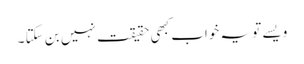
ویسے تو یہ خواب کبھی حقیقت نہیں بن سکتا ۔